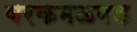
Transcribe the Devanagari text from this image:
वरकमळगड